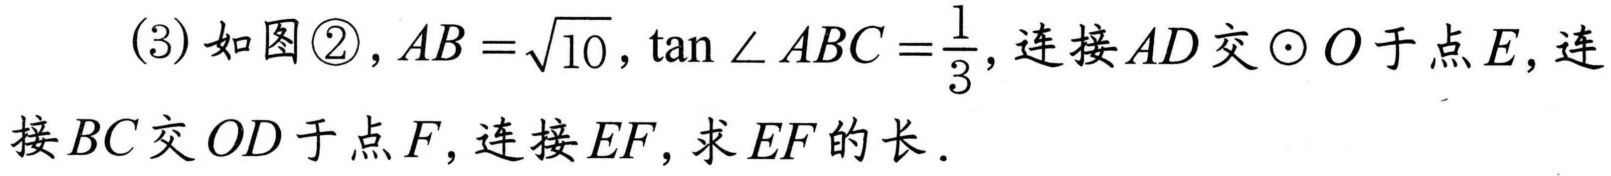
(3)如图\textcircled{2}, \(AB = \sqrt{10}\), \(\tan\angle ABC=\frac{1}{3}\), 连接\(AD\)交\(\odot O\)于点\(E\), 连接\(BC\)交\(OD\)于点\(F\), 连接\(EF\), 求\(EF\)的长.